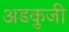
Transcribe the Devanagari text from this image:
अडकुजी